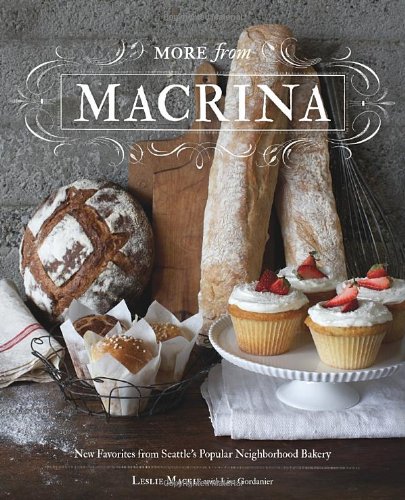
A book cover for More from Macrina: New Favorites from Seattle's Popular Neighborhood Bakery; Leslie Mackie; Cookbooks, Food & Wine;